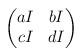
LaTeX: \begin{align*}\begin{pmatrix}aI & bI \\cI & dI\end{pmatrix}\end{align*}